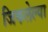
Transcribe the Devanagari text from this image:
जिकलेल्या